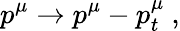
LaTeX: p^{\mu}\to p^{\mu}-p_{t}^{\mu}\ ,